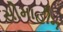
સીમાહીન